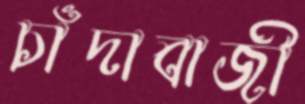
চাঁদাবাজী